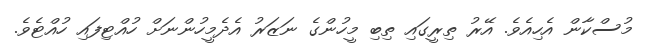
މުސްކާން އެހިއެވެ. އޭރު ތިރީގައި ތިބި މީހުންގެ ނަޒަރު އެދެމީހުންނަށް ހުއްޓިފައި ހުއްޓެވެ.